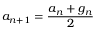
a _ { n + 1 } = { \frac { a _ { n } + g _ { n } } { 2 } }